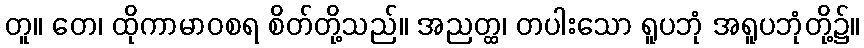
တူ။ တေ၊ ထိုကာမာဝစရ စိတ်တို့သည်။ အညတ္ထ၊ တပါးသော ရူပဘုံ အရူပဘုံတို့၌။